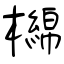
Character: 檰